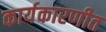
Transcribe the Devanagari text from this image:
कार्यकारणीत